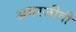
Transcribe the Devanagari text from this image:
अमरजीवी